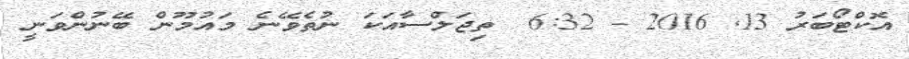
އޮކްޓޯބަރު 13